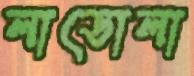
লাডোলা